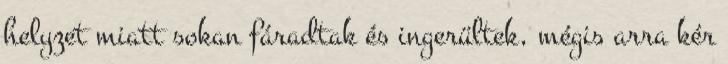
helyzet miatt sokan fáradtak és ingerültek, mégis arra kér